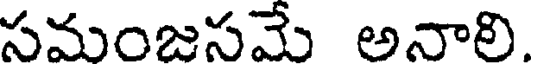
సమంజసమే అనాలి.